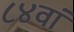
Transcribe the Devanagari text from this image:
८४वां